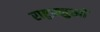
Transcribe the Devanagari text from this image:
राष्ट्रप्रमुखों